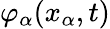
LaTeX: \varphi_{\alpha}(x_{\alpha},t)